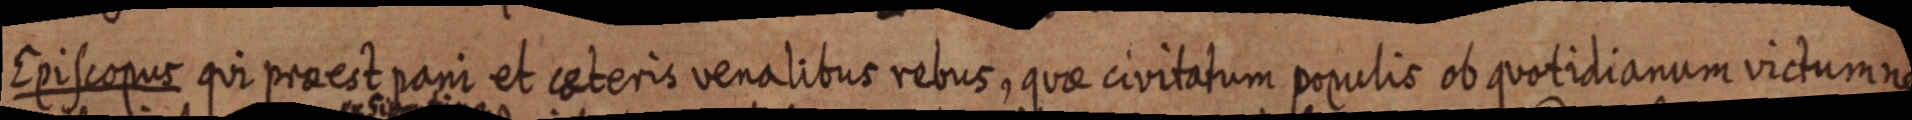
Episcopus qui praest pani et ceteris venalibus rebus, quae civitatum populis ob quotidianum victum ne